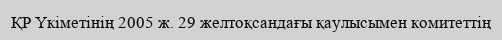
ҚР Үкіметінің 2005 ж. 29 желтоқсандағы қаулысымен комитеттің